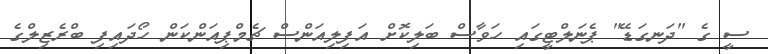
ސީ ގެ "ދަނގަޑޭ" ޕެނަލްޓީގައި ހަވާސް ބަލިކޮށް އަފިލިއަންސް ޗެމްޕިއަންކަން ހޯދައިފި ބްރެޒިލްގެ